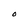
Character: O